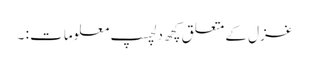
غزل کے متعلق کچھ دلچسپ معلومات : ۔